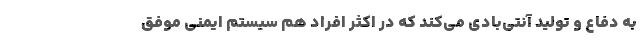
به دفاع و تولید آنتی‌بادی می‌کند که در اکثر افراد هم سیستم ایمنی موفق